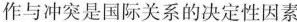
作与冲突是国际关系的决定性因素